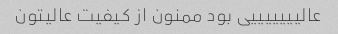
عالیییییییی بود ممنون از کیفیت عالیتون